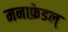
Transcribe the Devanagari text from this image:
मनाफ़ेडल्